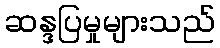
ဆန္ဒပြမှုများသည်